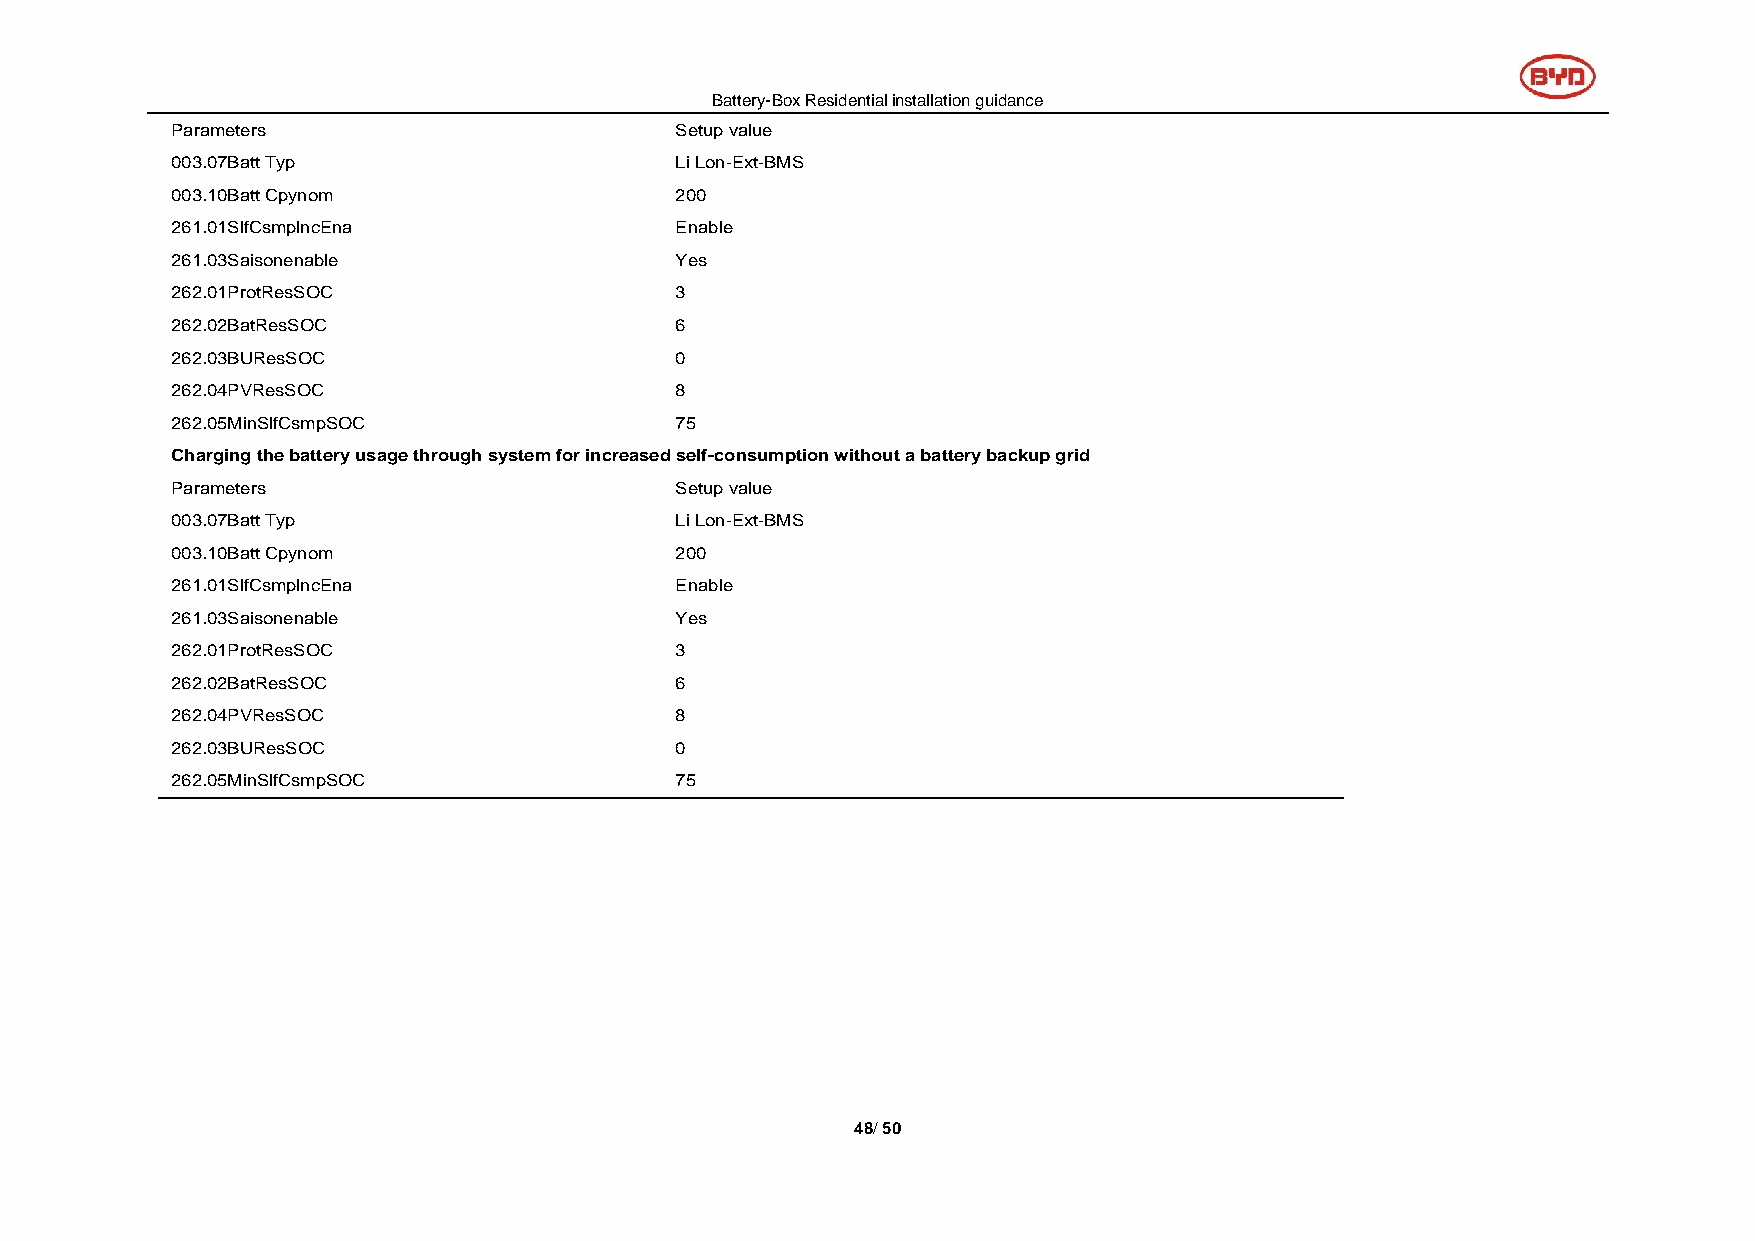
Battery-Box Residential installation guidance
 Parameters                        Setup value
 003.07Batt Typ                    Li Lon-Ext-BMS
 003.10Batt Cpynom                 200
 261.01SlfCsmplncEna               Enable
 261.03Saisonenable                Yes
 262.01ProtResSOC                  3
 262.02BatResSOC                   6
 262.03BUResSOC                    0
 262.04PVResSOC                    8
 262.05MinSlfCsmpSOC               75
 Charging the battery usage through system for increased self-consumption without a battery backup grid
 Parameters                        Setup value
 003.07Batt Typ                    Li Lon-Ext-BMS
 003.10Batt Cpynom                 200
 261.01SlfCsmplncEna               Enable
 261.03Saisonenable                Yes
 262.01ProtResSOC                  3
 262.02BatResSOC                   6
 262.04PVResSOC                    8
 262.03BUResSOC                    0
 262.05MinSlfCsmpSOC               75
 48/ 50